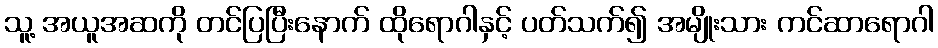
သူ့ အယူအဆကို တင်ပြပြီးနောက် ထိုရောဂါနှင့် ပတ်သက်၍ အမျိုးသား ကင်ဆာရောဂါ